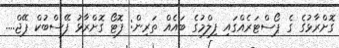
ގޮށްރާޅުގެ ގެ ޕޯސްޓަރެއްގައި ފިލްމުގެ ބައެއް ތަރިން: ފޮޓޯ ގޮށްރާޅު ފޭސްބުކް ޕޭޖް....